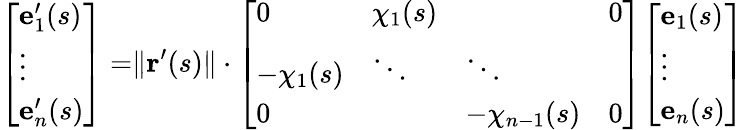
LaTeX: {\begin{array}{r}{{\left[\begin{array}{l}{\mathbf{e}_{1}^{\prime}(s)}\\ {\vdots}\\ {\mathbf{e}_{n}^{\prime}(s)}\end{array}\right]}=}\end{array}}\| \mathbf{r}^{\prime}(s)\| \cdot{\begin{array}{r}{{\left[\begin{array}{llll}{0}&{\chi_{1}(s)}&{}&{0}\\ {-\chi_{1}(s)}&{\ddots}&{\ddots}&{}\\ {0}&{}&{-\chi_{n-1}(s)}&{0}\end{array}\right]}{\left[\begin{array}{l}{\mathbf{e}_{1}(s)}\\ {\vdots}\\ {\mathbf{e}_{n}(s)}\end{array}\right]}}\end{array}}